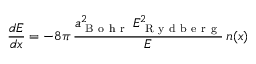
\frac { d E } { d x } = - 8 \pi \, \frac { a _ { \mathrm { ~ B ~ o ~ h ~ r ~ } } ^ { 2 } \, E _ { \mathrm { ~ R ~ y ~ d ~ b ~ e ~ r ~ g ~ } } ^ { 2 } } { E } \, n ( x )